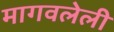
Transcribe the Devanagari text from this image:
मागवलेली